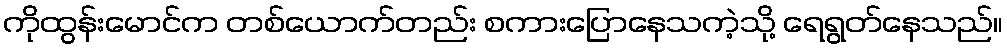
ကိုထွန်းမောင်က တစ်ယောက်တည်း စကားပြောနေသကဲ့သို့ ရေရွတ်နေသည်။